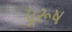
પૂરૂષ